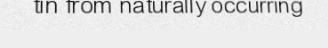
tin from naturally occurring